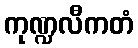
ကုဏ္ဍလီကတံ